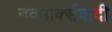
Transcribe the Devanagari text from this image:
नवमार्क्सवादी